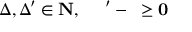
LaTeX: \Delta , \Delta ^ { \prime } \in \bf { N } , \quad \Delta ^ { \prime } - \Delta \geq 0